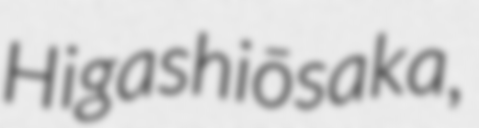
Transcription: Higashiōsaka,